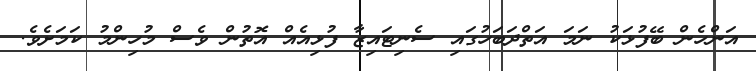
އަންހެން ބޭފުޅަކު ނަމަ އަތްދަބަހުގައި ސެނިޓައިޒާ ފުޅިއެއް އޮތުން ވެސް މުހިންމު ކަމަށެވެ.